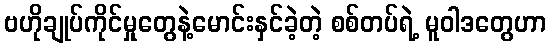
ဗဟိုချုပ်ကိုင်မှုတွေနဲ့မောင်းနှင်ခဲ့တဲ့ စစ်တပ်ရဲ့ မူဝါဒတွေဟာ